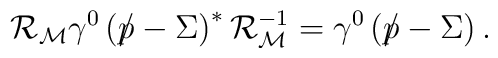
{\cal R}_{\cal M}\gamma^0 \left ( \rlap\slash p-\Sigma \right )^*         {\cal R}^{-1}_{\cal M}        = \gamma^0 \left ( \rlap\slash p-\Sigma \right ).